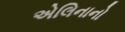
એલિનાનો